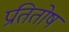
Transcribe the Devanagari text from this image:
प्रतितोष